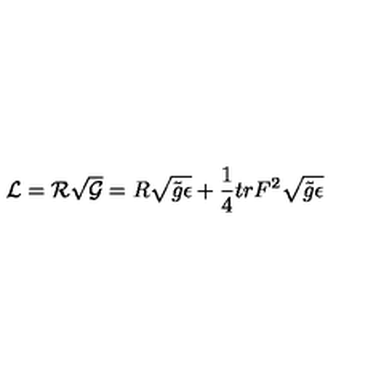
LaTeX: { \cal L } = { \cal R } \sqrt { \cal G } = { R } \sqrt { \tilde { g } \epsilon } + \frac { 1 } { 4 } t r { F } ^ { 2 } \sqrt { \tilde { g } \epsilon }